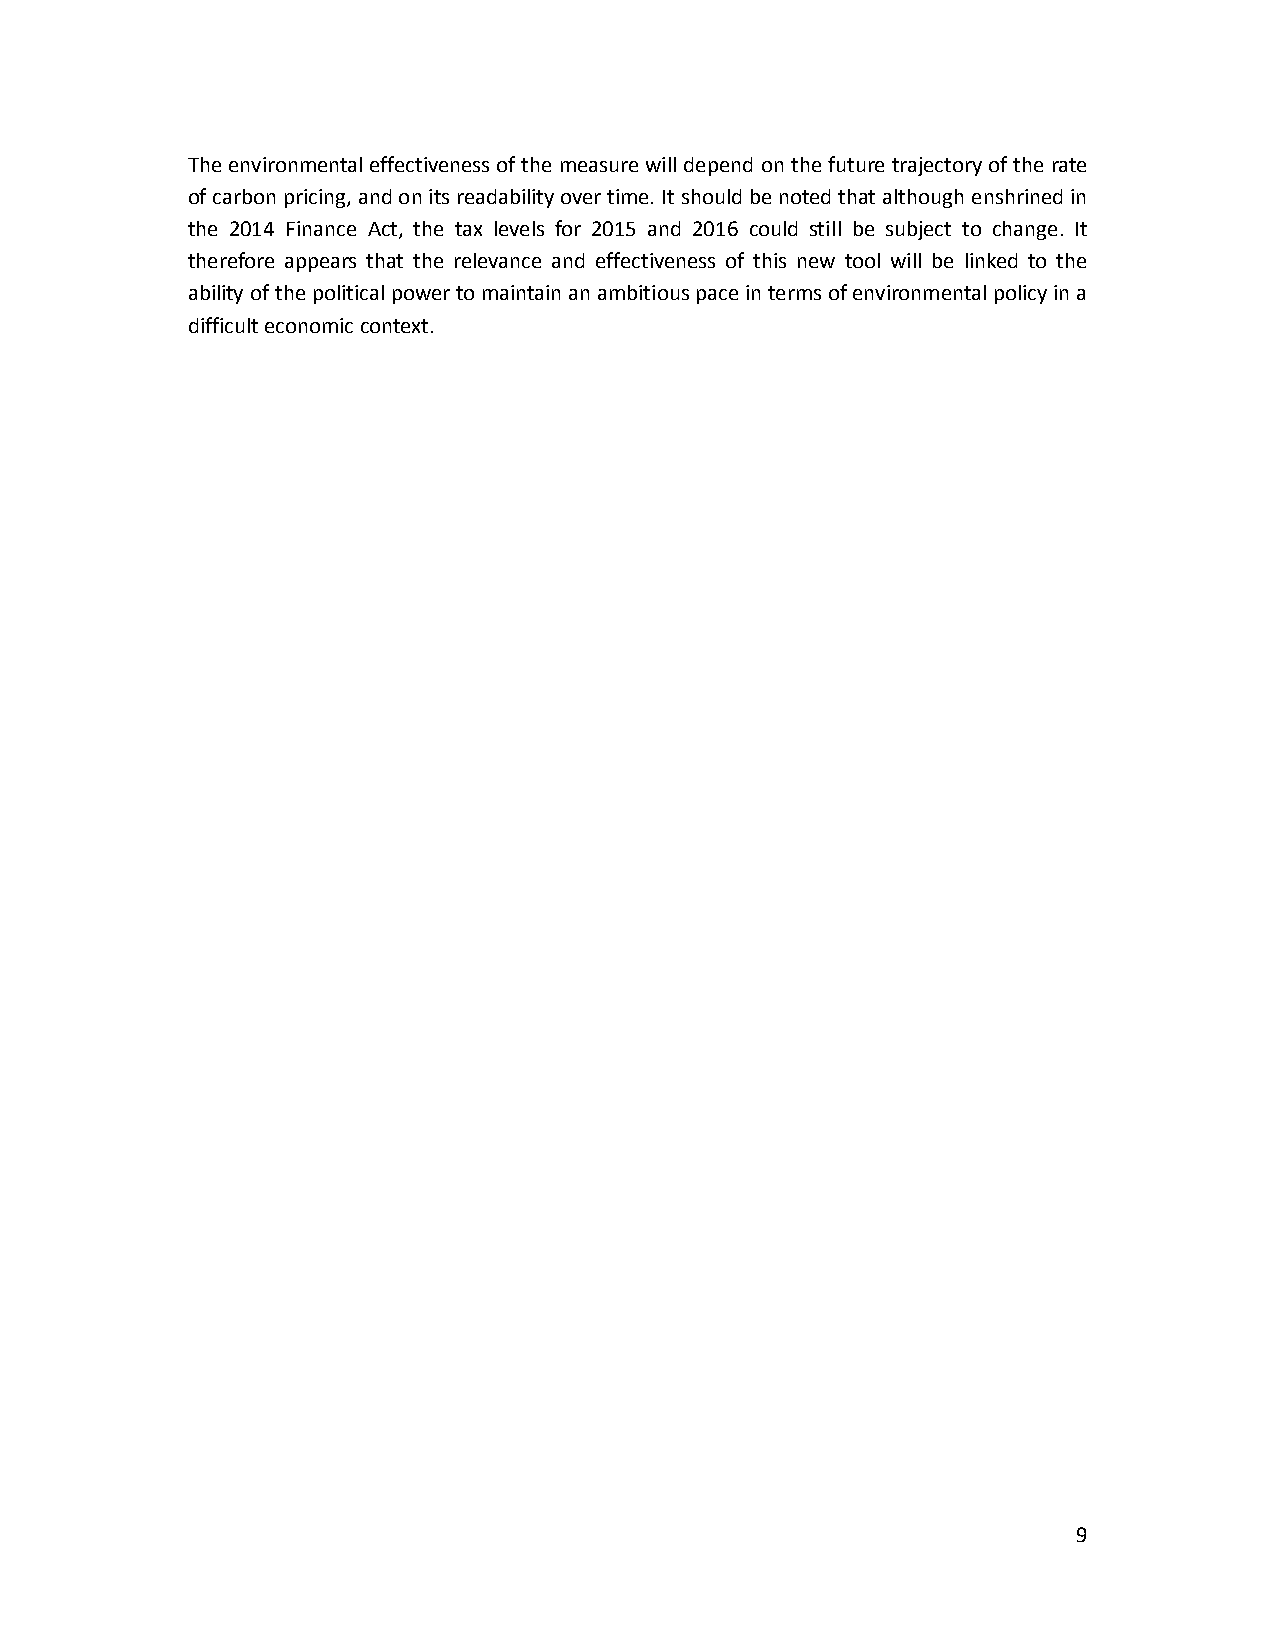
The environmental effectiveness of the measure will depend on the future trajectory of the rate
 of carbon pricing, and on its readability over time. It should be noted that although enshrined in
 the 2014 Finance Act, the tax levels for 2015 and 2016 could still be subject to change. It
 therefore appears that the relevance and effectiveness of this new tool will be linked to the
 ability of the political power to maintain an ambitious pace in terms of environmental policy in a
 difficult economic context.
 9